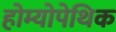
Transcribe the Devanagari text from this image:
होम्योपेथिक